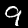
Digit: 9